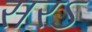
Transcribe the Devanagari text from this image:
सरऽ